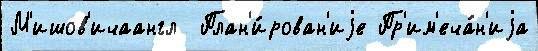
М'ишов'ичаангл  План'и́рован'иjе Пр'им'еча́н'иjа